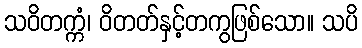
သဝိတက္ကံ၊ ဝိတတ်နှင့်တကွဖြစ်သော။ သပိ